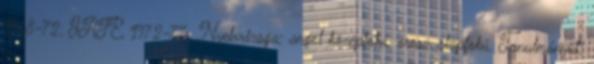
1968-72, JATE, 1972-77. Nyelvvizsga: angol középfokú, orosz alapfokú. Tanulmányút: